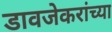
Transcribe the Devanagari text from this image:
डावजेकरांच्या